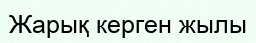
Жарық керген жылы